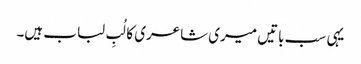
یہی سب باتیں میری شاعری کا لُبِ لباب ہیں۔